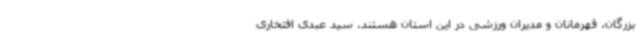
بزرگان، قهرمانان و مدیران ورزشی در این استان هستند. سید عبدی افتخاری